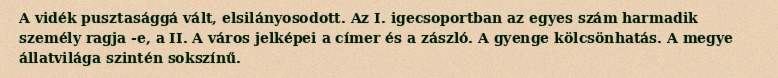
A vidék pusztasággá vált, elsilányosodott. Az I. igecsoportban az egyes szám harmadik személy ragja -e, a II. A város jelképei a címer és a zászló. A gyenge kölcsönhatás. A megye állatvilága szintén sokszínű.